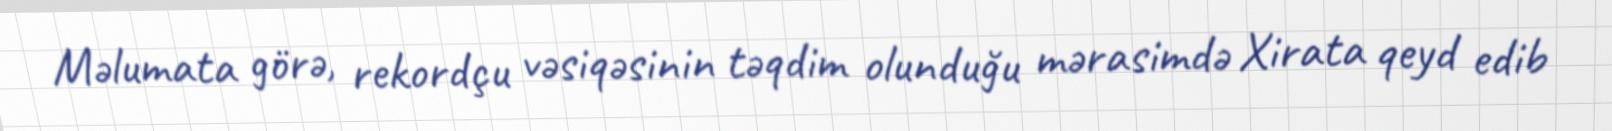
Məlumata görə, rekordçu vəsiqəsinin təqdim olunduğu mərasimdə Xirata qeyd edib